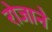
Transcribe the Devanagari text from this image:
रोजाने